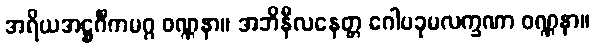
အရိယအဋ္ဌင်္ဂီကမဂ္ဂ ဝဏ္ဏနာ။ အဘိနီလနေတ္တ ဂေါပခုမလက္ခဏာ ဝဏ္ဏနာ။